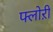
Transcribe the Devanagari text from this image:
फ्लोऱी